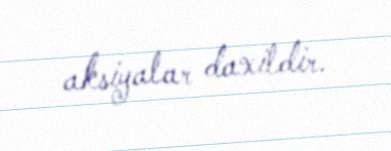
aksiyalar daxildir.